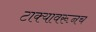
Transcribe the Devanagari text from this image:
टाक्यावरूनच